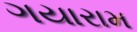
ગયારામ